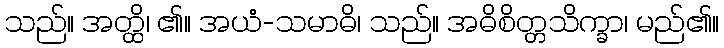
သည်။ အတ္ထိ၊ ၏။ အယံ-သမာဓိ၊ သည်။ အဓိစိတ္တသိက္ခာ၊ မည်၏။